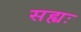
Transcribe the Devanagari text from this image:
सह्यः